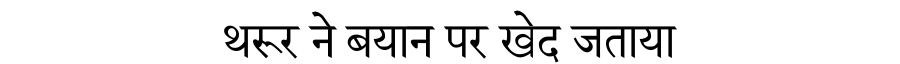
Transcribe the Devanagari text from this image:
थरूर ने बयान पर खेद जताया